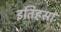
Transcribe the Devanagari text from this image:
इतिहसा